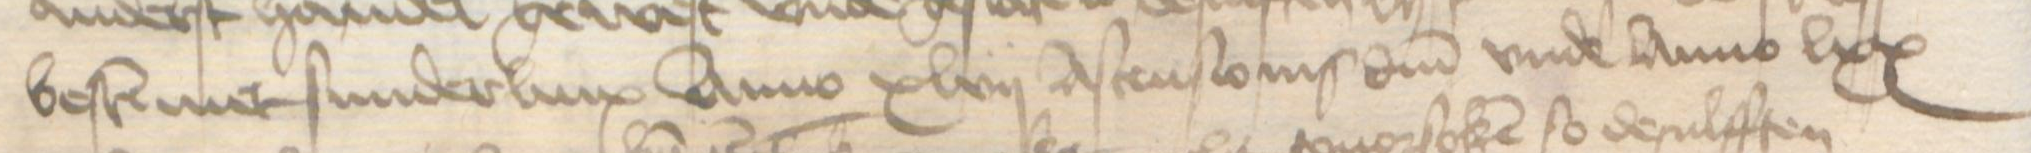
bestemmet sunderlinx Anno xlvii Ascensionis domini vnde Anno lxx